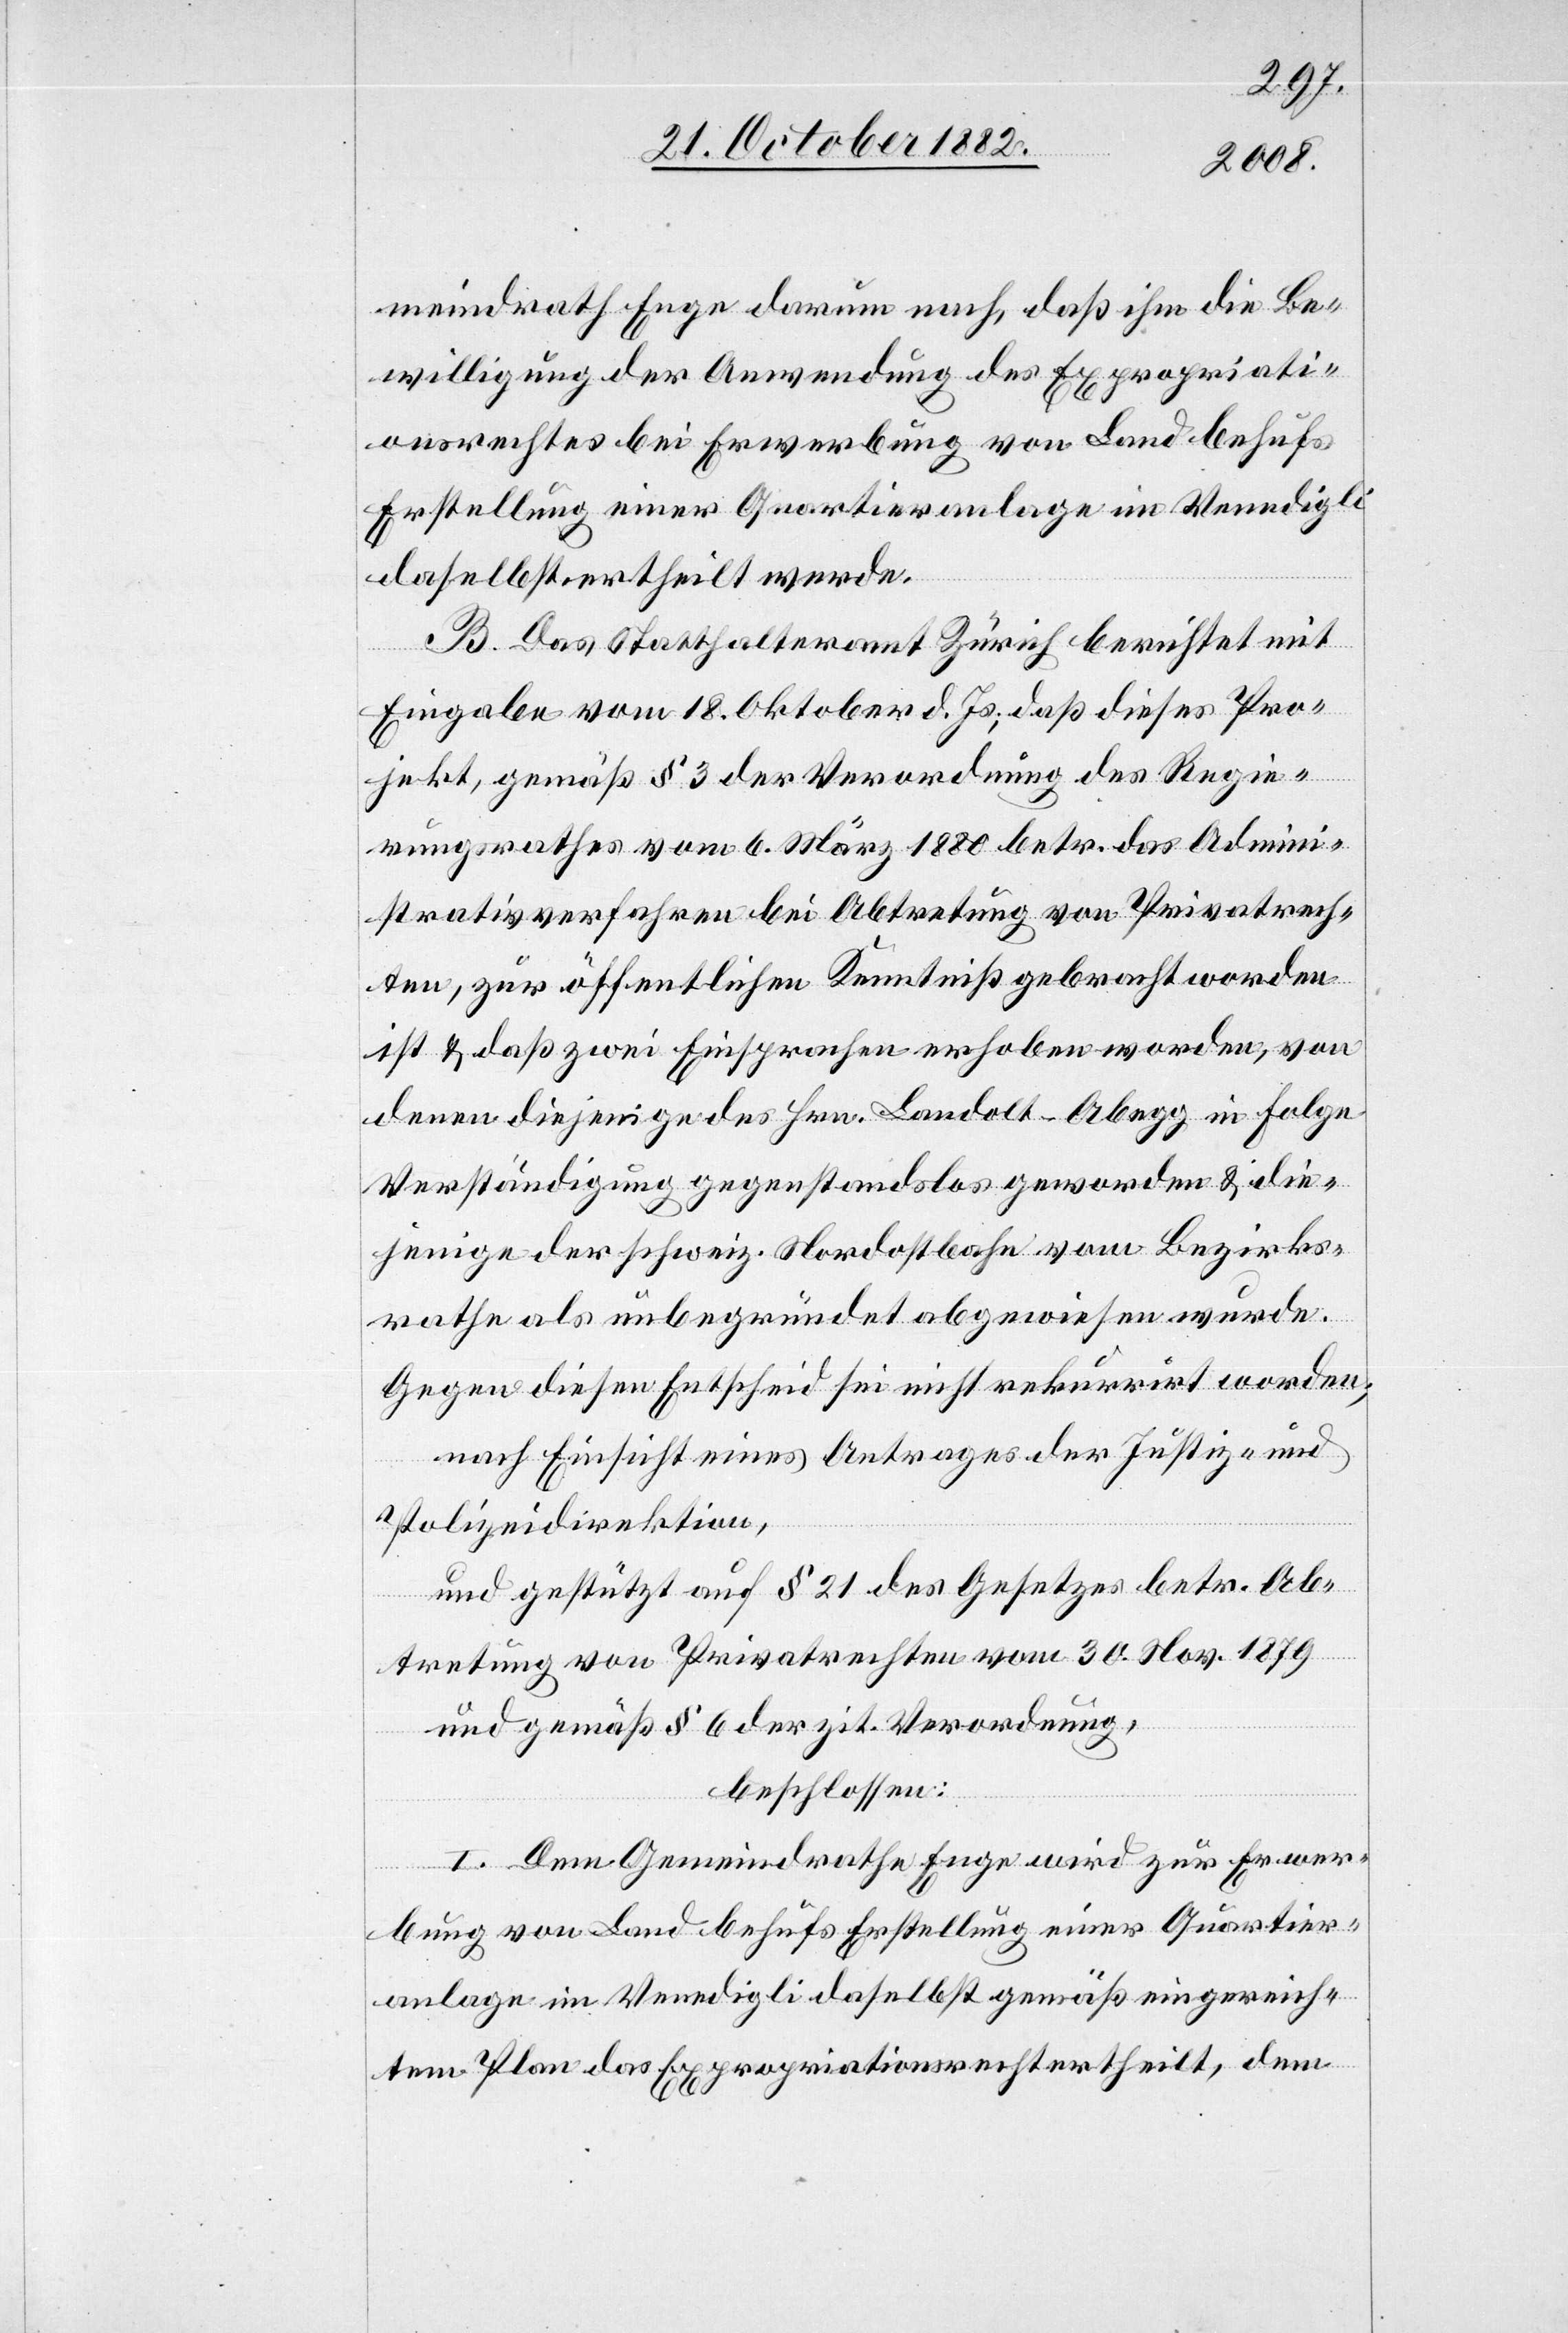
meindrath Enge darum nach, daß ihm die Be¬
willigung der Anwendung des Expropriati¬
onsrechtes bei Erwerbung von Land behufs
Erstellung einer Quartieranlage im Venedigli
daselbst ertheilt werde.
B. Das Statthalteramt Zürich berichtet mit
Eingabe vom 18. Oktober d. Js., daß dieses Pro¬
jekt, gemäß § 3 der Verordnung des Regie¬
rungsrathes vom 6. März 1880 betr. das Admini¬
strativverfahren bei Abtretung von Privatrech¬
ten, zur öffentlichen Kenntniß gebracht worden
ist & daß zwei Einsprachen erhoben worden, von
denen diejenige des Hrn. Landolt-Abegg in Folge
Verständigung gegenstandslos geworden & die¬
jenige der schweiz. Nordostbahn vom Bezirks¬
rathe als unbegründet abgewiesen wurde.
Gegen diesen Entscheid sei nicht rekurrirt worden;
nach Einsicht eines Antrages der Justiz- und
Polizeidirektion,
und gestützt auf § 21 des Gesetzes betr. Ab¬
tretung von Privatrechten vom 30. Nov. 1879
und gemäß § 6 der zit. Verordnung,
beschlossen:
I. Dem Gemeindrathe Enge wird zur Erwer¬
bung von Land behufs Erstellung einer Quartier¬
anlage im Venedigli daselbst gemäß eingereich¬
tem Plan das Expropriationsrecht ertheilt, dem